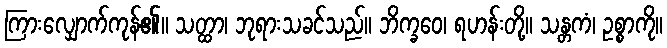
ကြားလျှောက်ကုန်၏။ သတ္ထာ၊ ဘုရားသခင်သည်။ ဘိက္ခဝေ၊ ရဟန်းတို့။ သန္တကံ၊ ဥစ္စာကို။